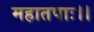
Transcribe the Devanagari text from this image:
महातपाः।।